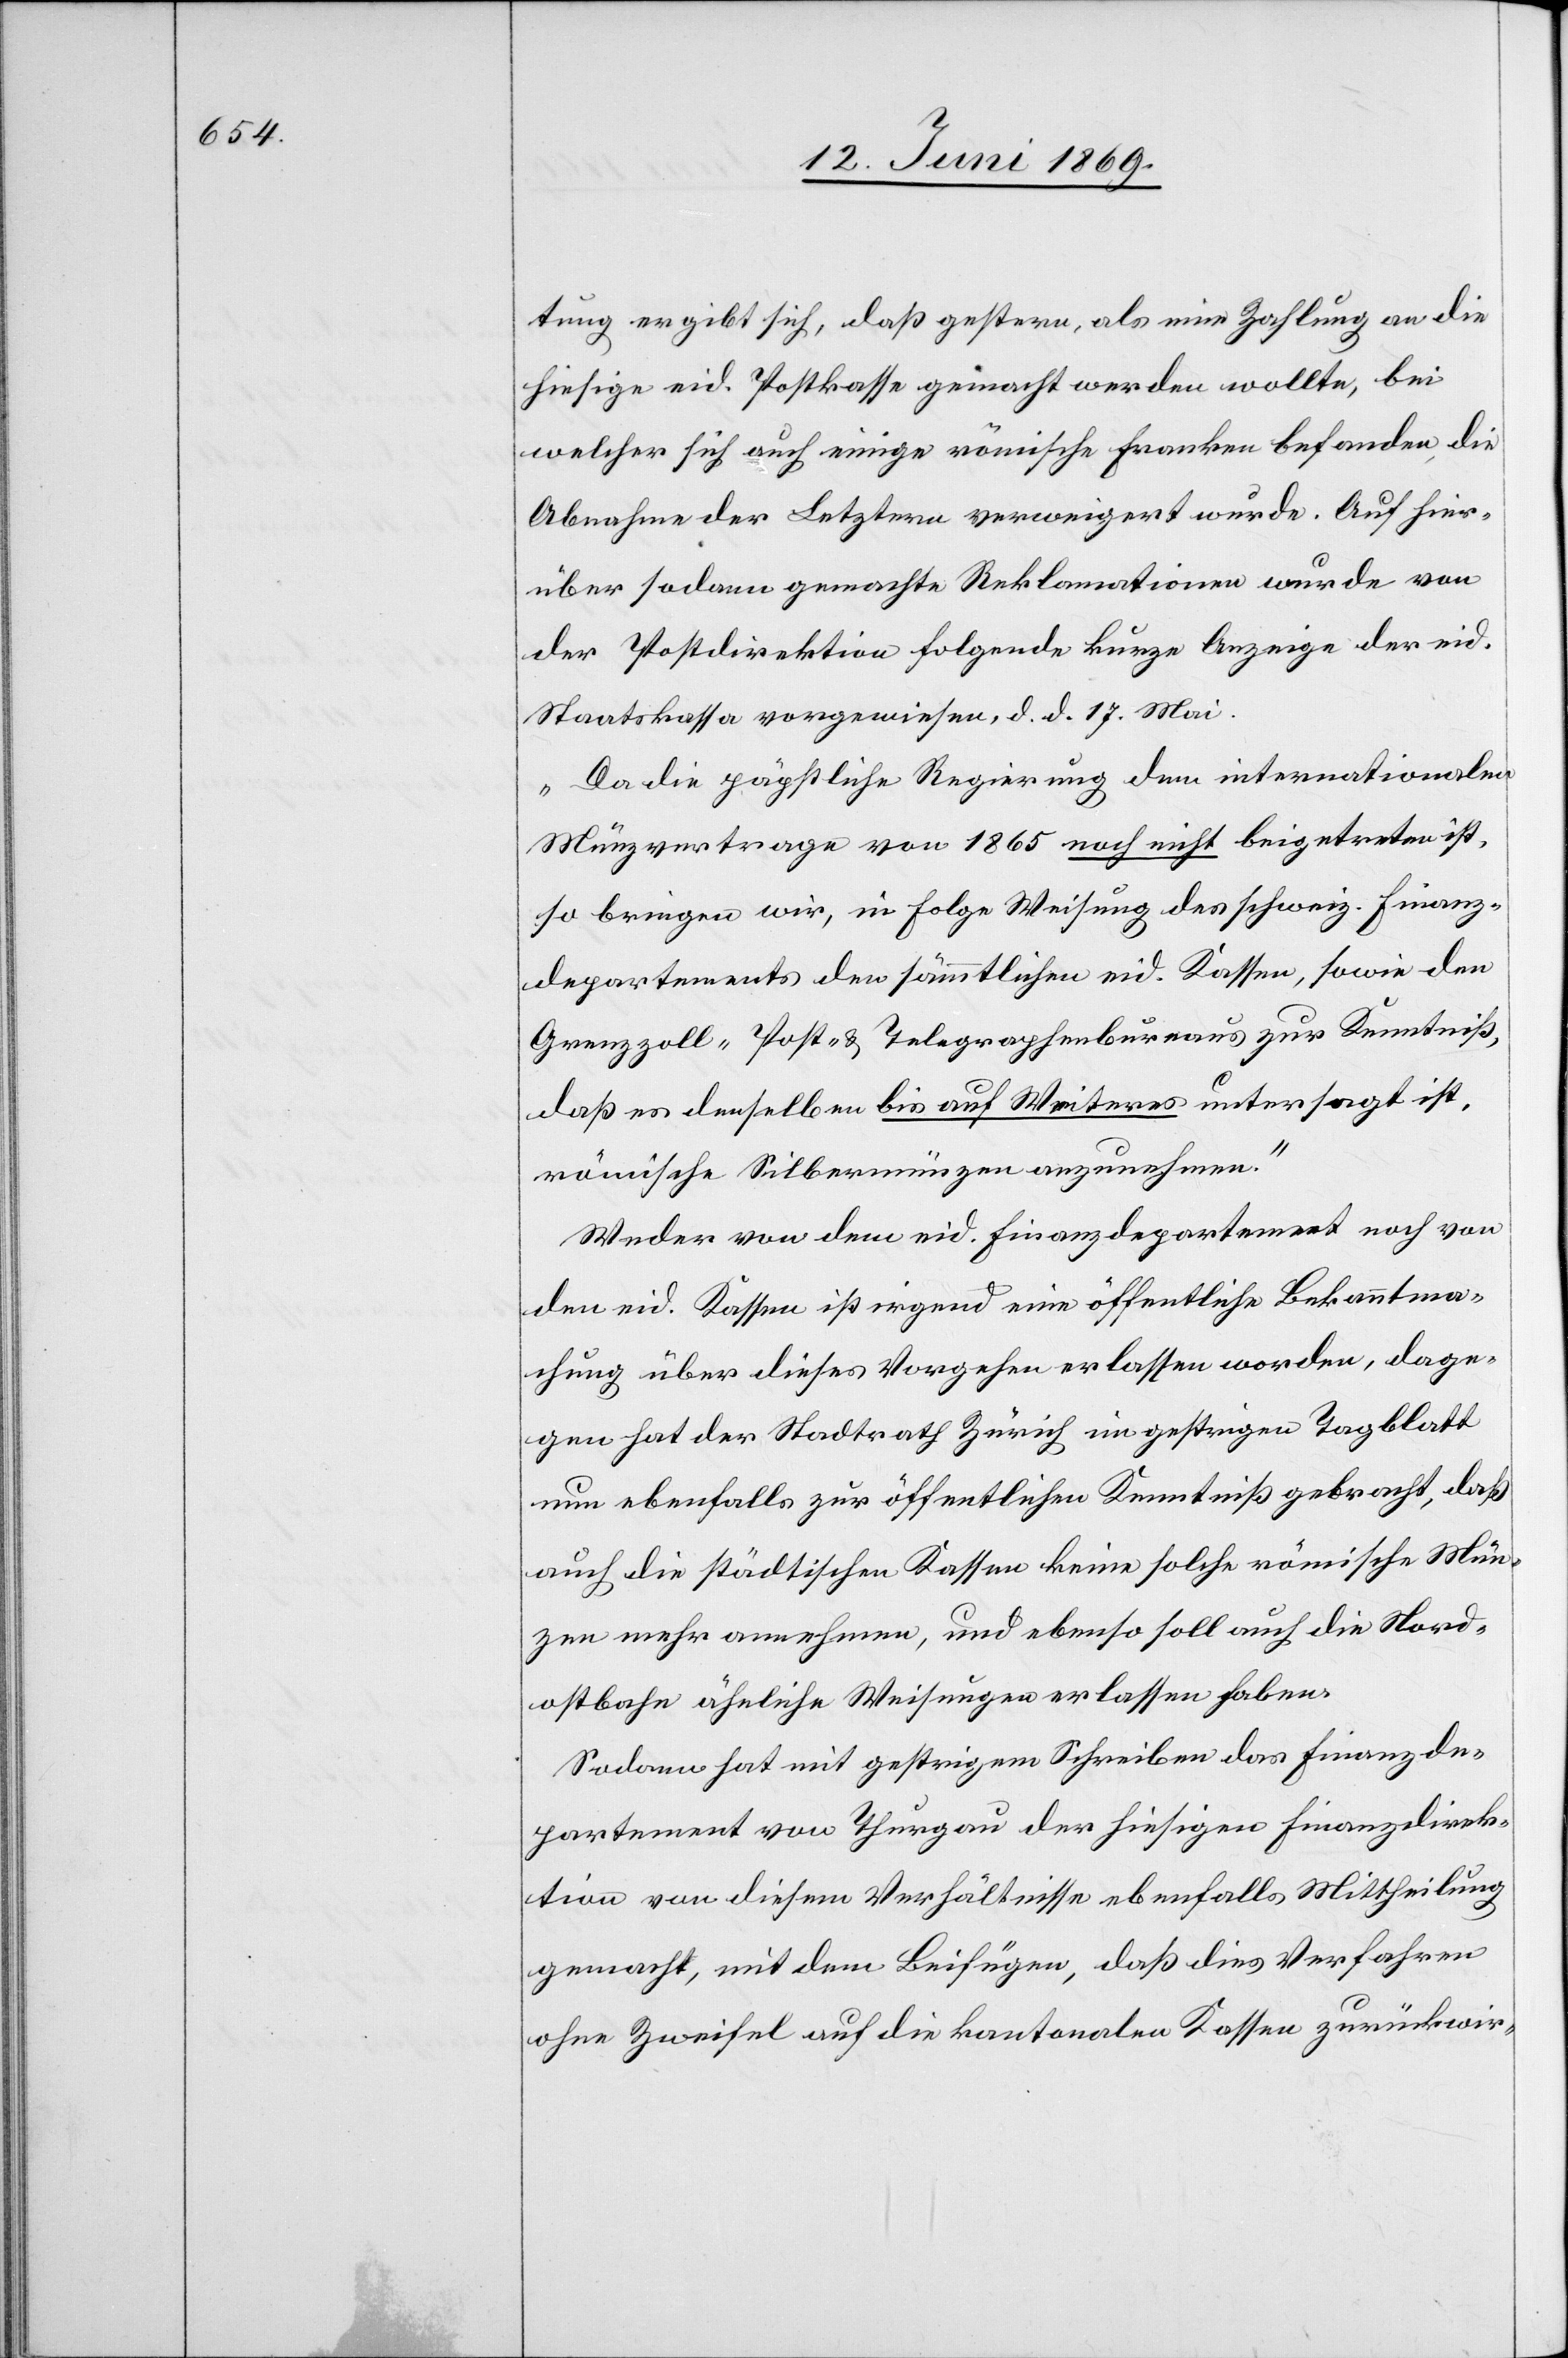
tung ergibt sich, daß gestern, als eine Zahlung an die
hiesige eid. Postkasse gemacht werden wollte, bei
welcher sich auch einige römische Franken befanden, die
Abnahme der Letztern verweigert wurde. Auf hier¬
über sodann gemachte Reklamationen wurde von
der Postdirektion folgende kurze Anzeige der eid.
Staatskasse vorgewiesen, d. d. 17 Mai.
„Da die päpstliche Regierung dem internationalen
Münzvertrage von 1865 noch nicht beigetreten ist,
so bringen wir, in Folge Weisung des schweiz. Finanz¬
departements den sämmtilchen eid. Kassen, sowie den
Grenzzoll-[,] Post- u. Telegraphenbureaus zur Kenntniß,
daß es denselben bis auf Weiteres untersagt ist,
römische Silbermünzen anzunehmen.“
Weder von dem eid. Finanzdepartement noch von
den eid. Kassen ist irgend eine öffentliche Bekanntma¬
chung über dieses Vorgehen erlassen worden, dage¬
gen hat der Stadtrath Zürich im gestrigen Tagblatt
nun ebenfalls zur öffentlichen Kenntniß gebracht, daß
auch die städtischen Kassen keine solche römische Mün¬
zen mehr annehmen, und ebenso soll auch die Nord¬
ostbahn ähnliche Weisungen erlassen haben.
Sodann hat mit gestrigem Schreiben das Finanzde¬
partement von Thurgau der hiesigen Finanzdirek¬
tion von diesem Verhältnisse ebenfalls Mittheilung
gemacht, mit dem Beifügen, daß dies Verfahren
ohne Zweifel auf die kantonalen Kassen zurückwir-